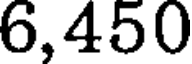
6,450